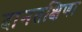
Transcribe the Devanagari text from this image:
दानतक्षिणा